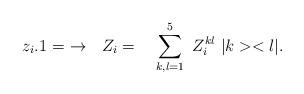
LaTeX: \begin{align*}z_{i}.1=\ \rightarrow \ \ Z_{i}=\ \ \ \sum_{k,l=1}^{5}\ Z_{i}^{kl}\ |k><l|.\end{align*}